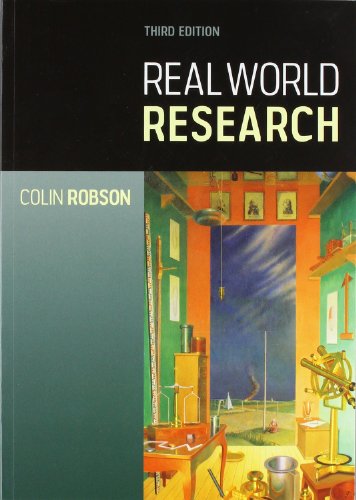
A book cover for Real World Research; Colin Robson; Medical Books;